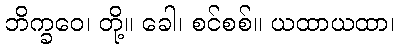
ဘိက္ခဝေ၊ တို့။ ခေါ၊ စင်စစ်။ ယထာယထာ၊